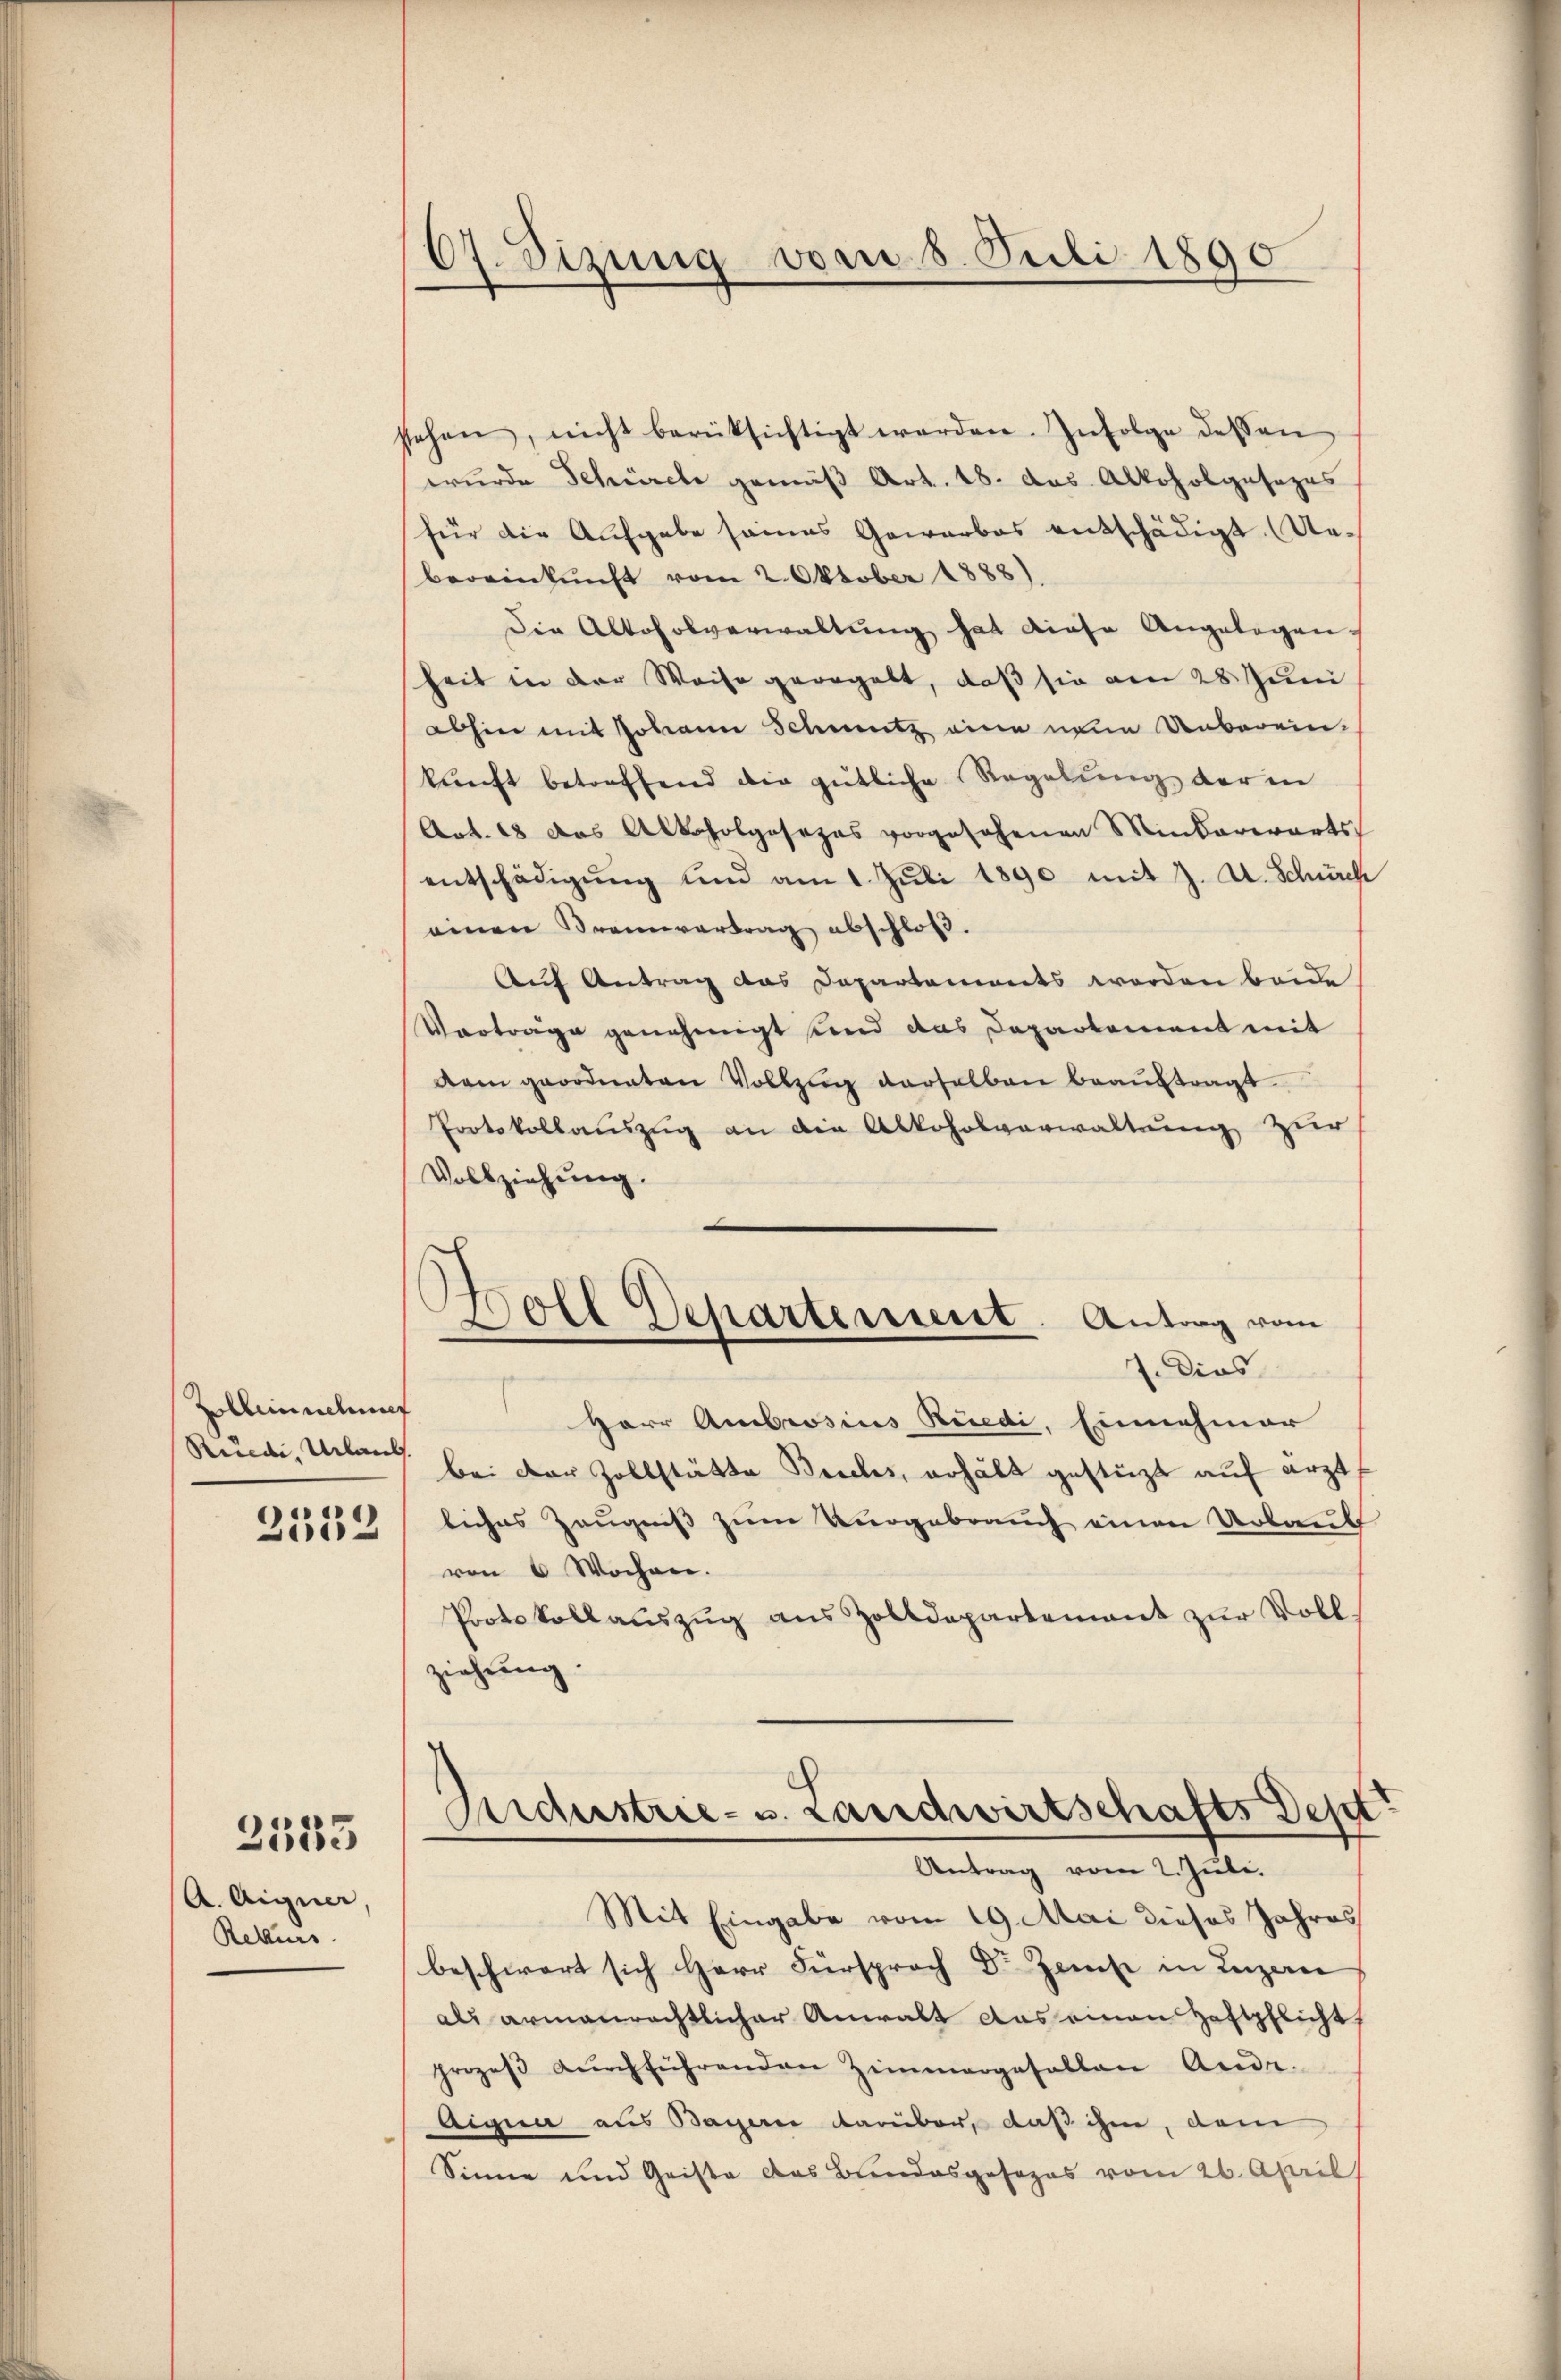
Zollinienf
Rüedi, Urlaub
2532

A. Aigner,
Rekurs

2553

67. Sizung vom 8. Juli 1890

stehen, nicht berücksichtigt werden. Infolge dessen
wurde Schürche gemäß Art. 18. das Alkoholgesezes
für die Aufgabe seines Gewerbes entschädigt. (Uebereinkunft vom 2. Oktober 1888).
die Altoholverwaltung hat diese Angelegen.
heit in der Weise geregelt, daß sie am 28. Juni
abhin mit Johann Schmutz eine neue Unberein-
kŭnft betreffend die gütliche Regelung der in
Art. 68 das Alkoholgesezes vorgesehenen Minderwärts
entschädigung und am 1. Juli 1890 mit J. A. Schürch
einen Braunvertrag abschloß.
Auf Antrag das Departements werden beide
Vorträge genehmigt und das Departement mit
dam geordneten Vollzug derselben beauftragt
Protokollauszug an die Alkoholverwaltung zur
Vollziehung.
)
—
Boll Departement. Antrag vom
f. Dies
Herr Ambrosius Rüedi, Einnahmer
bei der Zollstätte Buchs, erhält gestüzt auf ärzt
liches Zeugniß zum Vergebrauch einen Urlaub
ven 6 Wochen.
Protokollaŭszŭg ans Zolldepartement zŭr Voll-
ziehung.

Ardustrie- u. Landwirtschafts Dept
Antrag vom 2. Juli.

Mit Eingabe vom 19. Mai dieses Jahres
beschwert sich Herr Fürsprach Dr Zems in Luzern
als armenrechtlicher Anwalt das einen Haftpflicht,
prozeβ dŭrchführenden Zimmergefallen Ander.
Aigue aus Bayerne darüber, daß ihm, dem
Sinne und Geiste das Bundesgesezes vom 26. April